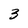
Character: 3